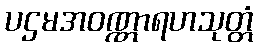
ပဌမအဝဏ္ဏာရဟသုတ္တံ